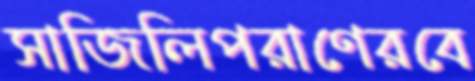
সাজিলিপরাণেরবে